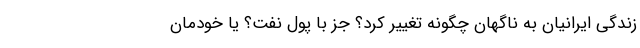
زندگی ایرانیان به ناگهان چگونه تغییر کرد؟ جز با پول نفت؟ یا خودمان